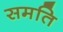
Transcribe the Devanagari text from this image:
समति